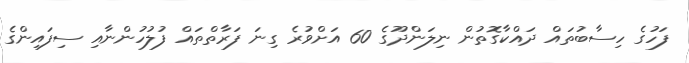
ފަހުގެ ހިސާބުތައް ދައްކާގޮތުން ނިލަންދޫގެ 60 އަށްވުރެ ގިނަ ފަރާތްތައް ފުލުހުންނާއި ސިފައިންގެ